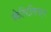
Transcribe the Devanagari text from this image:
स्कैप्टिसिज़्म